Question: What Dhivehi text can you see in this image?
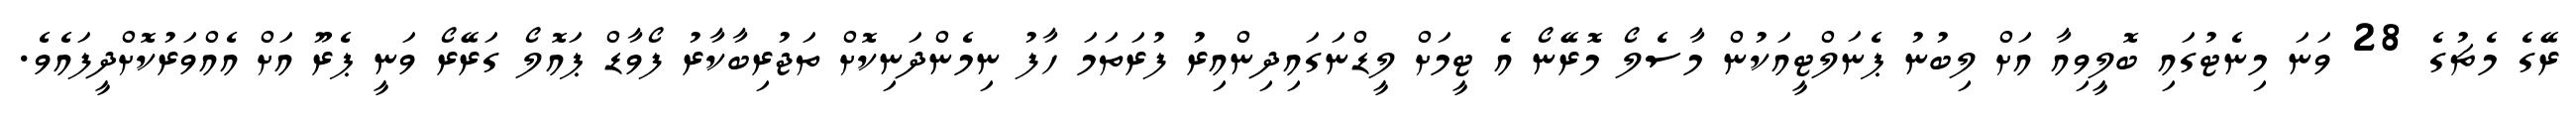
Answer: ރޭގެ މެޗުގެ 28 ވަނަ މިނެޓުގައި ބޮލީވިއާ އަށް ލިބުނު ޕެނަލްޓީއަކުން މާސެލޯ މޮރޭނޯ އެ ޓީމަށް ލީޑްނަގައިދިންއިރު ފުރަތަމަ ހާފު ނިމެންދަނިކޮށް ތަޖުރިބާކާރު ފޯވާޑް ޕައޮލޯ ގަރޭރޯ ވަނީ ޕެރޫ އަށް އެއްވަރުކޮށްދީފައެވެ.